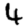
Digit: 4